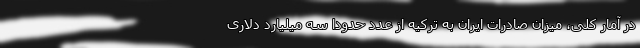
در آمار کلی، میزان صادرات ایران به ترکیه از عدد حدودا سه میلیارد دلاری